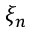
\xi _ { n }